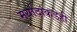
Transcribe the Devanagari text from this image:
मर्यादांकडेही